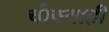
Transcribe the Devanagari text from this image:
चौक्याही